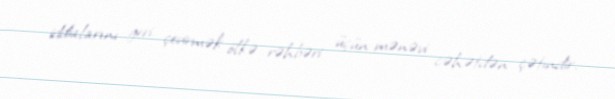
iddialarını geri çevirmək ölkə rəhbəri üçün mənəvi cəhətdən çətindir.